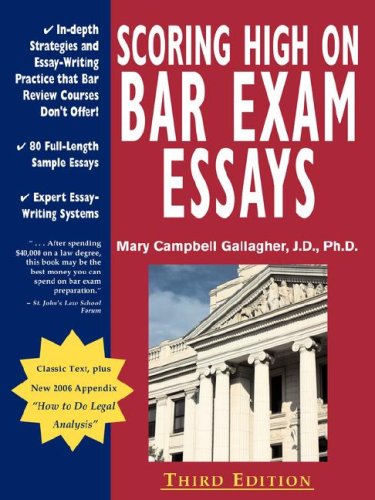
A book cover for Scoring High on Bar Exam Essays: In-Depth Strategies and Essay-Writing That Bar Review Courses Don't Offer, with 80 Actual State Bar Exams Questions a; J.D., Ph. D. Mary Campbell Gallagher; Test Preparation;